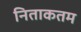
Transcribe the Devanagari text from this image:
निताकतम